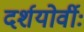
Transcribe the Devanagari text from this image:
दर्शयोर्वीः